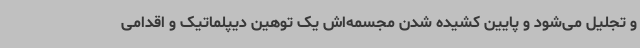
و تجلیل می‌شود و پایین کشیده شدن مجسمه‌اش یک توهین دیپلماتیک و اقدامی